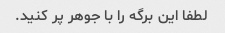
لطفا این برگه را با جوهر پر کنید.